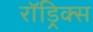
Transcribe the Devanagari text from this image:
रॉड्रिक्स